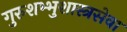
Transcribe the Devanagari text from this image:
गुरुशभ्भुशास्त्रसेवा